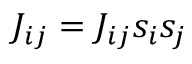
J _ { i j } = J _ { i j } s _ { i } s _ { j }